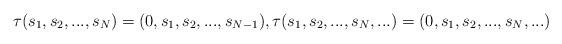
LaTeX: \begin{align*}\tau(s_1,s_2,...,s_N)=(0,s_1,s_2,...,s_{N-1}),\tau(s_1,s_2,...,s_N,...)=(0,s_1,s_2,...,s_N,...)\end{align*}